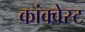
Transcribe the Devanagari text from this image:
कांक्वेस्ट